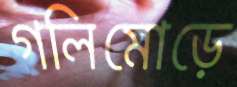
গলিমোড়ে